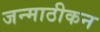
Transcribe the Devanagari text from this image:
जन्माठीकन